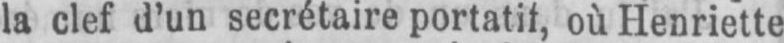
la clef d’un secrétaire portatif, où Henriette